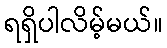
ရရှိပါလိမ့်မယ်။